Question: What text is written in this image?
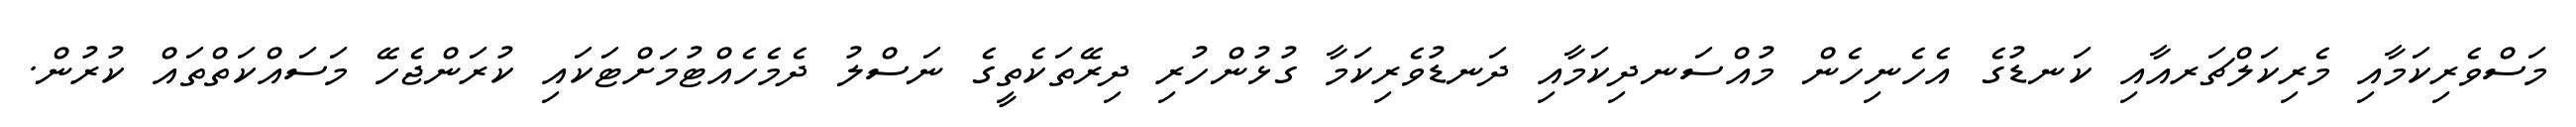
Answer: މަސްވެރިކަމާއި މެރިކަލްޗަރއާއި ކަނޑުގެ އެހެނިހެން މުއްސަނދިކަމާއި ދަނޑުވެރިކަމާ ގުޅުންހުރި ދިރޭތަކެތީގެ ނަސްލު ދެމެހެއްޓުމަށްޓަކައި ކުރަންޖެހޭ މަސައްކަތްތައް ކުރުން.